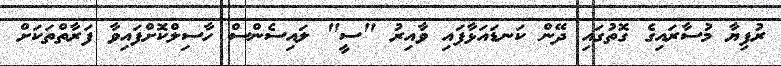
ރުފިޔާ މުސާރައިގެ ގޮތުގައި ދޭން ކަނޑައަޅާފައި ވާއިރު "ސީ" ލައިސެންސް ހާސިލްކޮށްފައިވާ ފަރާތްތަކަށް